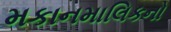
મકાનમાલિકનો